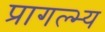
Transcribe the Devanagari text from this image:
प्रागल्भ्य